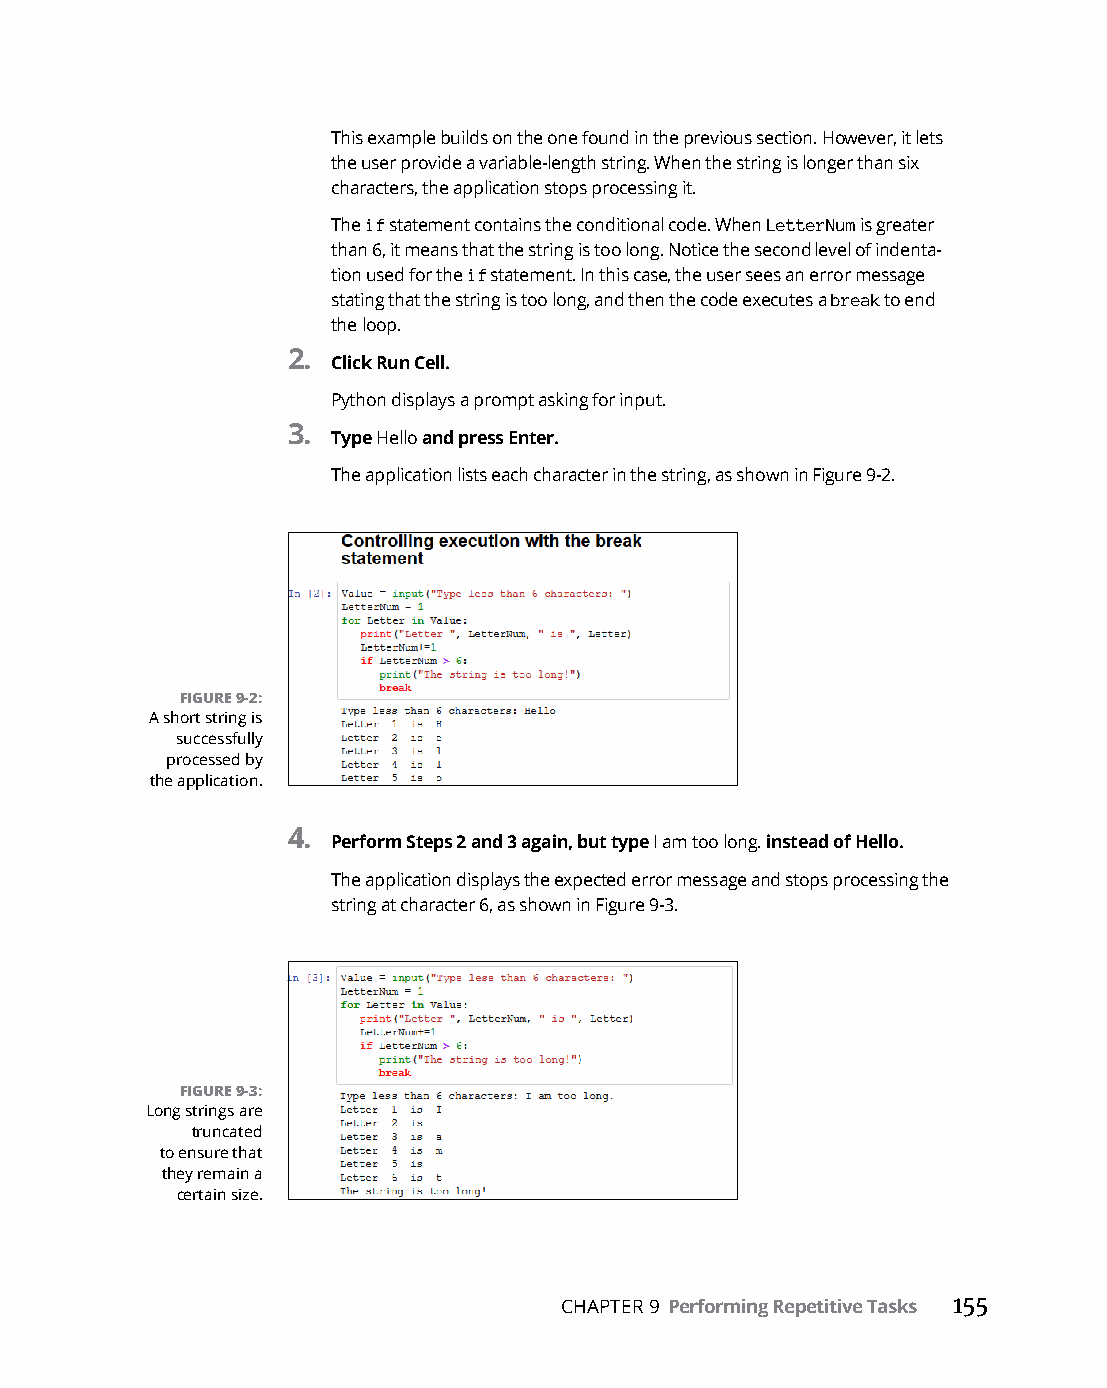
This example builds on the one found in the previous section. However, it lets
 the user provide a variable-length string. When the string is longer than six
 characters, the application stops processing it.
 The if statement contains the conditional code. When LetterNum is greater
 than 6, it means that the string is too long. Notice the second level of indenta-
 tion used for the if statement. In this case, the user sees an error message
 stating that the string is too long, and then the code executes a break to end
 the loop.
 2.
 Click Run Cell.
 Python displays a prompt asking for input.
 3.
 Type Hello and press Enter.
 The application lists each character in the string, as shown in Figure 9-2.
 FIGURE 9-2:
 A short string is
 successfully
 processed by
 the application.
 4.
 Perform Steps 2 and 3 again, but type I am too long. instead of Hello.
 The application displays the expected error message and stops processing the
 string at character 6, as shown in Figure 9-3.
 FIGURE 9-3:
 Long strings are
 truncated
 to ensure that
 they remain a
 certain size.
 CHAPTER 9 Performing Repetitive Tasks 155